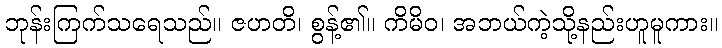
ဘုန်းကြက်သရေသည်။ ဇဟတိ၊ စွန့်၏။ ကိမိဝ၊ အဘယ်ကဲ့သို့နည်းဟူမူကား။